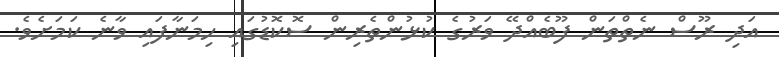
އަދި ރޫސް ނެތްތަން ފޫބެއްދޭ ވަރުގެ ކުޅުންތެރިން ސޮކޮޑުގައި ހިމަނާފައި ވާނެ ކަމަށެވެ.